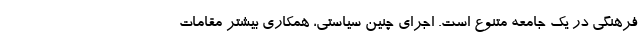
فرهنگی در یک جامعه متنوع است. اجرای چنین سیاستی، همکاری بیشتر مقامات